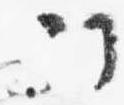
次